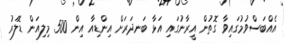
އެއްބަސްވުމުގައިވާ ގޮތުން އީރާނުގައި އަޅާ ބަނދަރަށް އިންޑިއާ އިން 500 މިލިއަން ޑޮލަރު